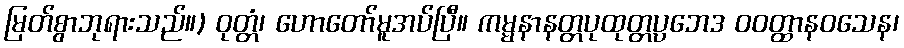
မြတ်စွာဘုရားသည်။) ဝုတ္တံ၊ ဟောတော်မူအပ်ပြီ။ ကမ္မနာနတ္တပုထုတ္တပ္ပဘေဒ ဝဝတ္ထာနဝသေန၊